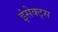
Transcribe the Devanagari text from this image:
इंसेक्ट्स